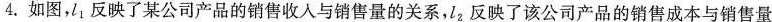
4.如图，l_{1} 反映了某公司产品的销售收入与销售量的关系，l_{2} 反映了该公司产品的销售成本与销售量